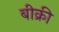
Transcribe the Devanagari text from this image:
बीक्री